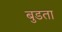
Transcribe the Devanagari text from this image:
बुडता